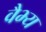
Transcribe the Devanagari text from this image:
वैभ्य